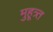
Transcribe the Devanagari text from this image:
मुहूत्र्त